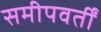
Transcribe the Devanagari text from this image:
समीपवर्तीं